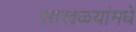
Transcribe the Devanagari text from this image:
साखळ्यांमधे